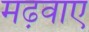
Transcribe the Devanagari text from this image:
मढ़वाए